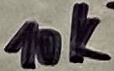
Text: 10K